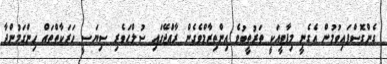
ގެންގޮސްފައިވުމުން އެގެނީ މިޕާޓީއަކީ ތަރުތީބުވެ އިންތިޒާމްވެގެން ރާއްޖޭގައި ސުލްޙަވެރި ސިޔަސީ ހަރަކާތްތައް ހިންގަމުންދާ